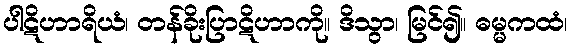
ပါဋိဟာရိယံ၊ တန်ခိုးပြာဋိဟာကို။ ဒိသွာ၊ မြင်၍။ ဓမ္မကထံ၊